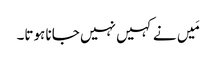
مَیں نے کہیں نہیں جانا ہوتا۔